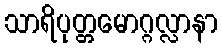
သာရိပုတ္တမောဂ္ဂလ္လာနာ